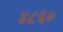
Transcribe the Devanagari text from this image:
४८६०